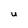
Character: U